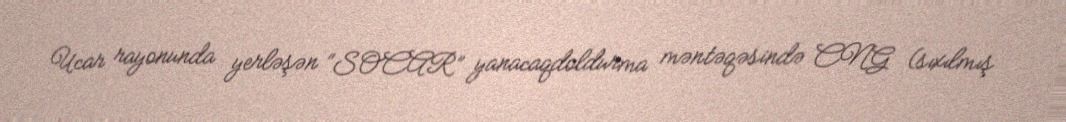
Ucar rayonunda yerləşən “SOCAR” yanacaqdoldurma məntəqəsində CNG (sıxılmış